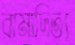
রামাদিত্য